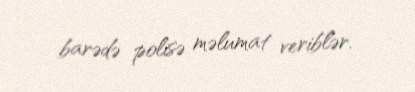
barədə polisə məlumat veriblər.